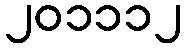
၂၀၁၁၁၂